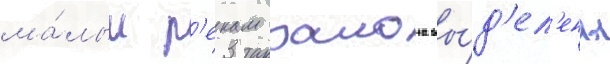
ма́лым р'екам раиона вы́д'ел'ены